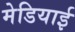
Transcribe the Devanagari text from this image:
मेडियाई